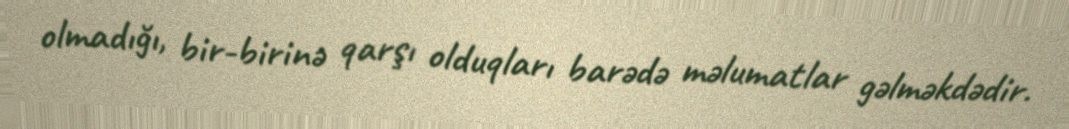
olmadığı, bir-birinə qarşı olduqları barədə məlumatlar gəlməkdədir.